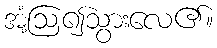
အံ့ဩ၍သွားလေ၏။